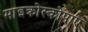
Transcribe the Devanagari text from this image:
माइक्रोस्कोपाए